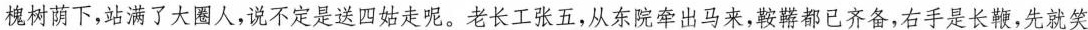
槐树荫下,站满了大圈人,说不定是送四姑走呢。老长工张五,从东院牵出马来,鞍薯都已齐备,右手是长鞭,先就笑